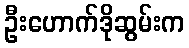
ဦးဟောက်ဒိုဆွမ်းက